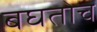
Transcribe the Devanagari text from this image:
बघतोच